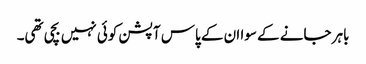
باہر جانے کے سوا ان کے پاس آپشن کوئی نہیں بچی تھی۔